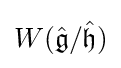
W({\hat {\mathfrak {g}}}/{\hat {\mathfrak {h}}})